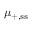
\mu _ { + , \ensuremath { \mathrm { s s } } }